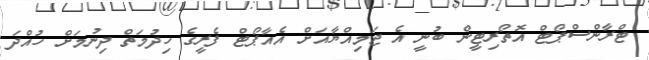
ޓްރާންސްޕޯޓް އޮތޯރިޓީން ބުނީ އެ ޖަމިއްޔާއަށް އެއާޕޯޓް ފެރީގެ ހިދުމަތް ދިނުމަށް ހުއްދަ